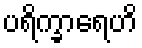
ပရိက္ခာရေဟိ